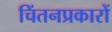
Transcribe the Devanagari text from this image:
चिंतनप्रकारों